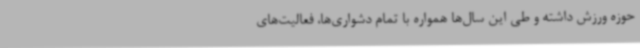
حوزه ورزش داشته و طی این سال‌ها همواره با تمام دشواری‌ها، فعالیت‌های